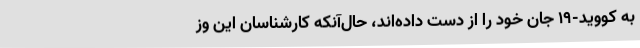
به کووید-۱۹ جان خود را از دست داده‌اند، حال‌آنکه کارشناسان این وز